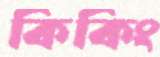
কিকিং